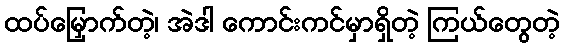
ထပ်မြှောက်တဲ့၊ အဲဒါ ကောင်းကင်မှာရှိတဲ့ ကြယ်တွေတဲ့